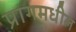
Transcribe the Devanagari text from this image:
प्रागमधील